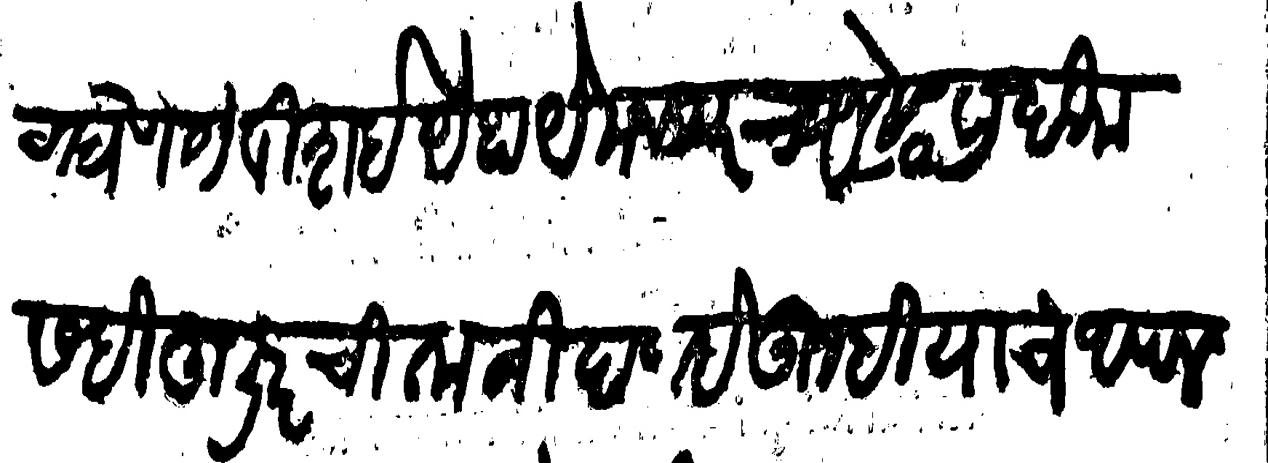
Transliteration (Devanagari):  याजपासून घेणे येविशई देहाये मजकूरच्या मोकदमा सही हुजूरची ताकीद आहे तुम्ही याचे आपले